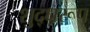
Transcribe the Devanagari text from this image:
शुद्धरूप